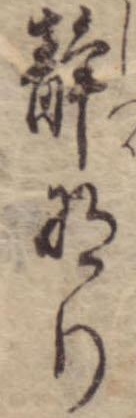
静なり